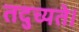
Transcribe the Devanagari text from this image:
तदुच्यते।